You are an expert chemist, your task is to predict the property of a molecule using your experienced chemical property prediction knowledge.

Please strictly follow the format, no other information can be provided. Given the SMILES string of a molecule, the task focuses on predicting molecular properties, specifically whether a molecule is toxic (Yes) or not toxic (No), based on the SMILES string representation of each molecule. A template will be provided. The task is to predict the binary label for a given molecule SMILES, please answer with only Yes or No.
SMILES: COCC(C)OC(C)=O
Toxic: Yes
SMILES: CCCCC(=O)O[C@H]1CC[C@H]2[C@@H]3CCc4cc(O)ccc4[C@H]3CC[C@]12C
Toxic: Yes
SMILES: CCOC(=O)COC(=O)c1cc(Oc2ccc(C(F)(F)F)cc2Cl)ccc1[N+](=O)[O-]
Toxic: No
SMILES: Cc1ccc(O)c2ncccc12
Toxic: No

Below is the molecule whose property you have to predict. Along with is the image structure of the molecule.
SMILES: Cc1ccc(O)c2ncccc12
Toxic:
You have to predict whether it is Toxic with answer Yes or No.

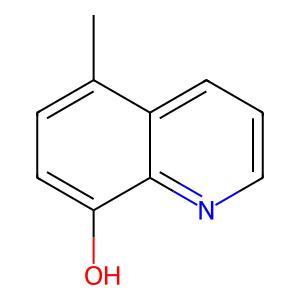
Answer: No